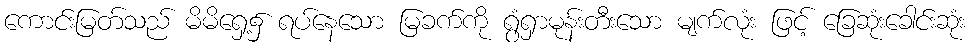
ကောင်းမြတ်သည် မိမိရှေ့၌ ရပ်နေသော မြခက်ကို ရွံရှာမုန်းတီးသော မျက်လုံး ဖြင့် ခြေဆုံးခေါင်းဆုံး